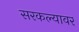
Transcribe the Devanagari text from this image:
सरकल्यावर